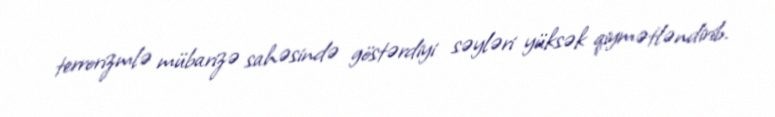
terrorizmlə mübarizə sahəsində göstərdiyi səyləri yüksək qiymətləndirib.